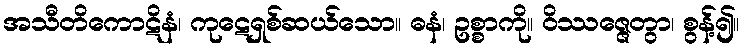
အသီတိကောဋိနံ၊ ကုဋေရှစ်ဆယ်သော။ ဓနံ၊ ဥစ္စာကို။ ဝိဿဇ္ဇေတွာ၊ စွန့်၍။